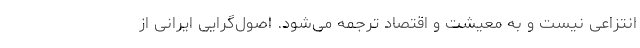
انتزاعی نیست و به معیشت و اقتصاد ترجمه می‌شود. اصول‌گرایی ایرانی از